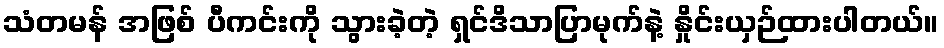
သံတမန် အဖြစ် ပီကင်းကို သွားခဲ့တဲ့ ရှင်ဒိသာပြာမုက်နဲ့ နှိုင်းယှဉ်ထားပါတယ်။